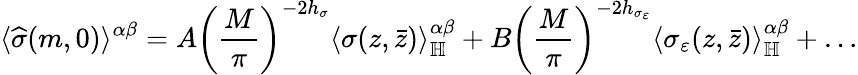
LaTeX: \langle\widehat{\sigma}(m,0)\rangle^{\alpha\beta}=A\left(\frac{M}{\pi}\right)^{-2h_{\sigma}}\langle\sigma(z,\bar{z})\rangle_{\mathbb{H}}^{\alpha\beta}+B\left(\frac{M}{\pi}\right)^{-2h_{\sigma_{\varepsilon}}}\langle\sigma_{\varepsilon}(z,\bar{z})\rangle_{\mathbb{H}}^{\alpha\beta}+\dots